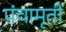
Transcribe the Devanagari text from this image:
पंचामृती